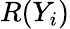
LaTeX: R(Y_{i})